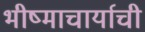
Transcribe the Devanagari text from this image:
भीष्माचार्याची